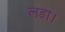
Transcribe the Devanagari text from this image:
लडा।